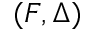
( F , \Delta )